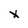
Character: X